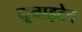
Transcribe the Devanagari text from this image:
यूनाइटेद